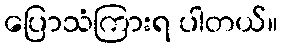
ပြောသံကြားရ ပါတယ်။